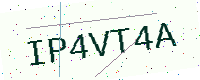
Text: IP4VT4A